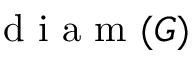
\mathrm { ~ d ~ i ~ a ~ m ~ } ( G )